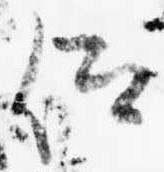
仰